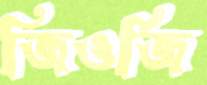
জিওর্জি